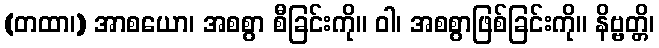
(တထာ၊) အာစယော၊ အစစွာ စီခြင်းကို။ ဝါ၊ အစစွာဖြစ်ခြင်းကို။ နိဗ္ဗတ္တိ၊